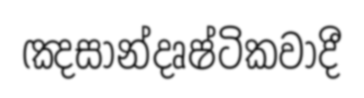
ඤසාන්දෘෂ්ටිකවාදී